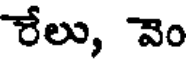
రేలు, వెం